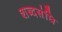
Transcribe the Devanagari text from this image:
शब्दसंधि